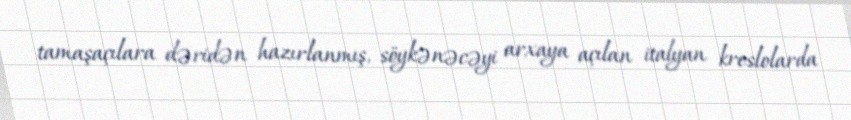
tamaşaçılara dəridən hazırlanmış, söykənəcəyi arxaya açılan italyan kreslolarda